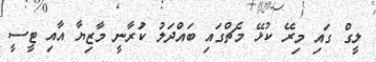
ލީގް ގައި މިރޭ ކުޅޭ މެޗްގައި ބައްދަލު ކުަރާނީ މާޒިޔާ އާއި ޓީސީ